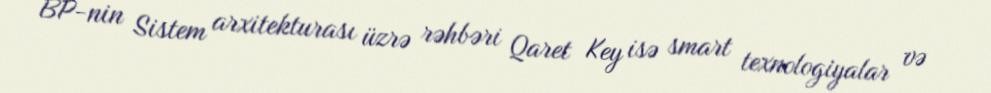
BP-nin Sistem arxitekturası üzrə rəhbəri Qaret Key isə smart texnologiyalar və